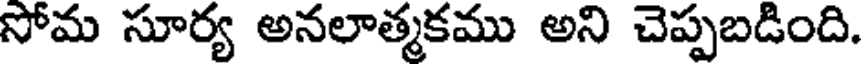
సోమ సూర్య అనలాత్మకము అని చెప్పబడింది.